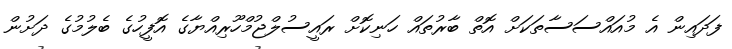
ފަދައިން އެ މުއައްސަސާތަކަށް އޮތް ބާރުތައް ހަނިކޮށް ރައީސުލްޖުމްހޫރިއްޔާގެ އޮފީހުގެ ބެލުމުގެ ދަށުން